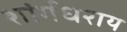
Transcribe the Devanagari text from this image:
शांर्गधराय